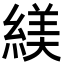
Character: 𬗮